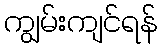
ကျွမ်းကျင်ရန်